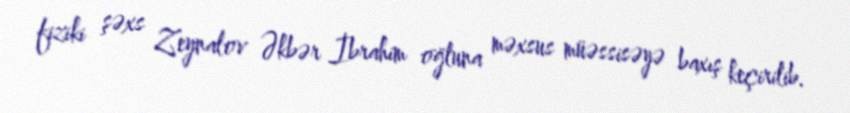
fiziki şəxs Zeynalov Əkbər İbrahim oğluna məxsus müəssisəyə baxış keçirilib.